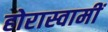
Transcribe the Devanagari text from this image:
होरास्वामीं